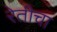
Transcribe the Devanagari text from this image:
रेतीचा